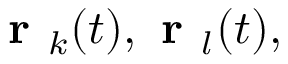
\textbf { r } _ { k } ( t ) , \textbf { r } _ { l } ( t ) ,